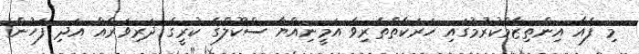
މި ފެއާ އިންތިޒާމްކުރުމުގައި ހަރަކާތްތެރިވާ އަމީނިއްޔާ ސްކޫލްގެ ކުރީގެ ދަރިވަރެއް އަދި ފަހުން